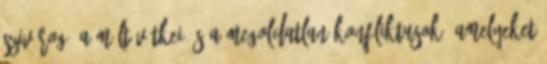
szivárog. A múlt vétkei és a megoldatlan konfliktusok, amelyeket